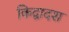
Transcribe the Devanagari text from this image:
किद्वादश